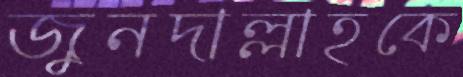
জুনদাল্লাহকে